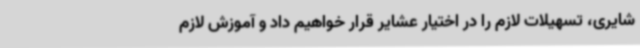
شایری، تسهیلات لازم را در اختیار عشایر قرار خواهیم داد و آموزش لازم